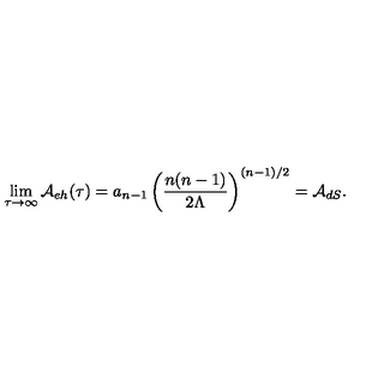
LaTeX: \lim _ { \tau \rightarrow \infty } { \cal A } _ { e h } ( \tau ) = a _ { n - 1 } \left( { \frac { n ( n - 1 ) } { 2 \Lambda } } \right) ^ { ( n - 1 ) / 2 } = { \cal A } _ { d S } .